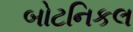
બોટનિકલ